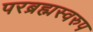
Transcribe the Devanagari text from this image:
परब्रह्मस्वरुप